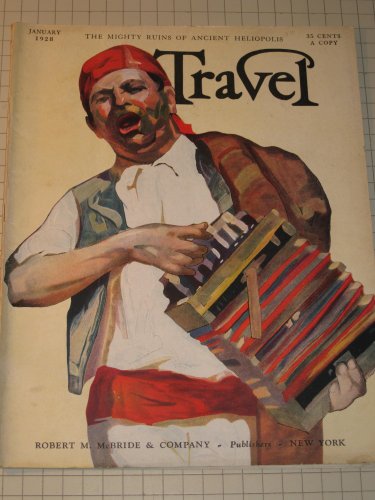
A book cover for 1928 TRAVEL Magazine: Black Sudan - Ruins of Heliopolis - China's Burden - Tombs of Tarquinia; Travel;